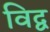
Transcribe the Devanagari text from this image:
विद्व